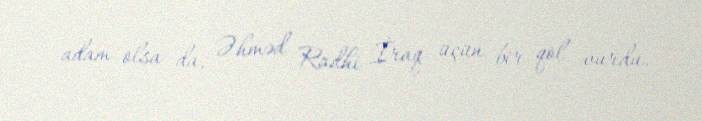
adam olsa da, Əhməd Radhi İraq üçün bir qol vurdu.